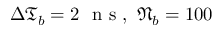
\Delta \mathfrak { T } _ { b } = 2 \ \mathrm { ~ n ~ s ~ } , \ \mathfrak { N } _ { b } = 1 0 0